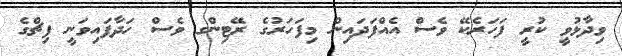
ވިދާޅުވީ ކުރީ ފަހަރެކޭ ވެސް އެއްފަދައިން މިފަހަރުގެ ރޭޓިންގ ވެސް ހަދާފައިވަނީ ފިޗްގެ